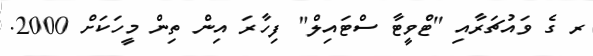
ރ ގެ ވައުޗަރާއި "ޓްވީޓާ ސްޓައިލް" ފިހާރަ އިން ތިން މީހަކަށް 2000.